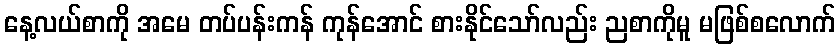
နေ့လယ်စာကို အမေ တပ်ပန်းကန် ကုန်အောင် စားနိုင်သော်လည်း ညစာကိုမူ မဖြစ်စလောက်